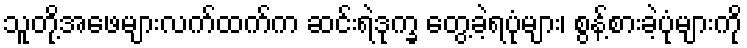
သူတို့အဖေများလက်ထက်က ဆင်းရဲဒုက္ခ တွေ့ခဲ့ရပုံများ၊ စွန့်စားခဲ့ပုံများကို